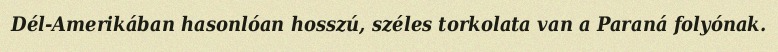
Dél-Amerikában hasonlóan hosszú, széles torkolata van a Paraná folyónak.